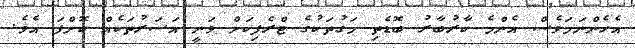
އެހެންނަމަވެސް އެންމެ ކާރުބާރު ބޮޑެތި މަގުތަކުގެ ޓްރެފިކަށް ވަނީ އަސަރުތަކެއް ކޮށްފަ އެވެ.